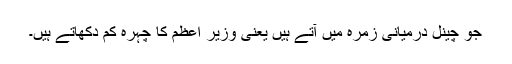
جو چینل درمیانی زمرہ میں آتے ہیں یعنی وزیر اعظم کا چہرہ کم دکھاتے ہیں۔